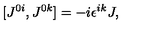
[ J ^ { 0 i } , J ^ { 0 k } ] = - i \epsilon ^ { i k } J ,